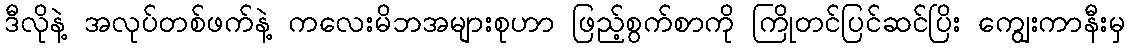
ဒီလိုနဲ့ အလုပ်တစ်ဖက်နဲ့ ကလေးမိဘအများစုဟာ ဖြည့်စွက်စာကို ကြိုတင်ပြင်ဆင်ပြိး ကျွေးကာနီးမှ